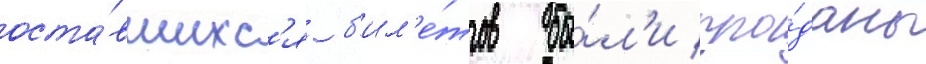
оста́вшихс'я б'ил'е́тов бы́л'и про́даны